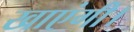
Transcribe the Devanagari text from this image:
खाएंगी।